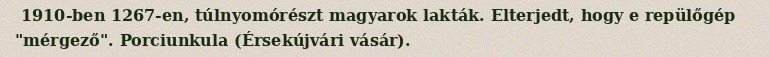
1910-ben 1267-en, túlnyomórészt magyarok lakták. Elterjedt, hogy e repülőgép "mérgező". Porciunkula (Érsekújvári vásár).